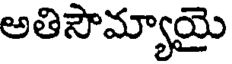
అతిసౌమ్యాయై